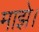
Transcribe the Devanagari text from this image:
माझे।